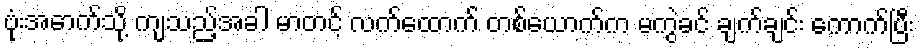
ဗုံးအောက်သို့ ကျသည့်အခါ မာတင့် လက်ထောက် တစ်ယောက်က မကွဲခင် ချက်ချင်း ကောက်ပြီး